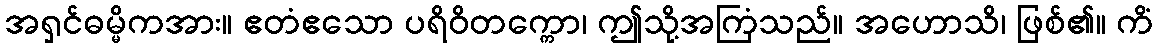
အရှင်ဓမ္မိကအား။ ဧတံဧသော ပရိဝိတက္ကော၊ ဤသို့အကြံသည်။ အဟောသိ၊ ဖြစ်၏။ ကိံ